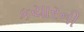
કયારની